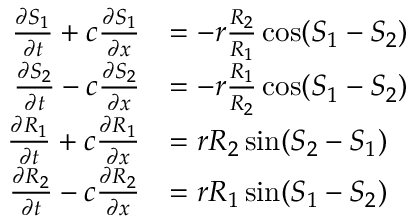
\begin{array} { r l } { \frac { \partial S _ { 1 } } { \partial t } + c \frac { \partial S _ { 1 } } { \partial x } } & { = - r \frac { R _ { 2 } } { R _ { 1 } } \cos ( S _ { 1 } - S _ { 2 } ) } \\ { \frac { \partial S _ { 2 } } { \partial t } - c \frac { \partial S _ { 2 } } { \partial x } } & { = - r \frac { R _ { 1 } } { R _ { 2 } } \cos ( S _ { 1 } - S _ { 2 } ) } \\ { \frac { \partial R _ { 1 } } { \partial t } + c \frac { \partial R _ { 1 } } { \partial x } } & { = r R _ { 2 } \sin ( S _ { 2 } - S _ { 1 } ) } \\ { \frac { \partial R _ { 2 } } { \partial t } - c \frac { \partial R _ { 2 } } { \partial x } } & { = r R _ { 1 } \sin ( S _ { 1 } - S _ { 2 } ) } \end{array}